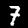
Digit: 7